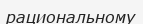
рациональному